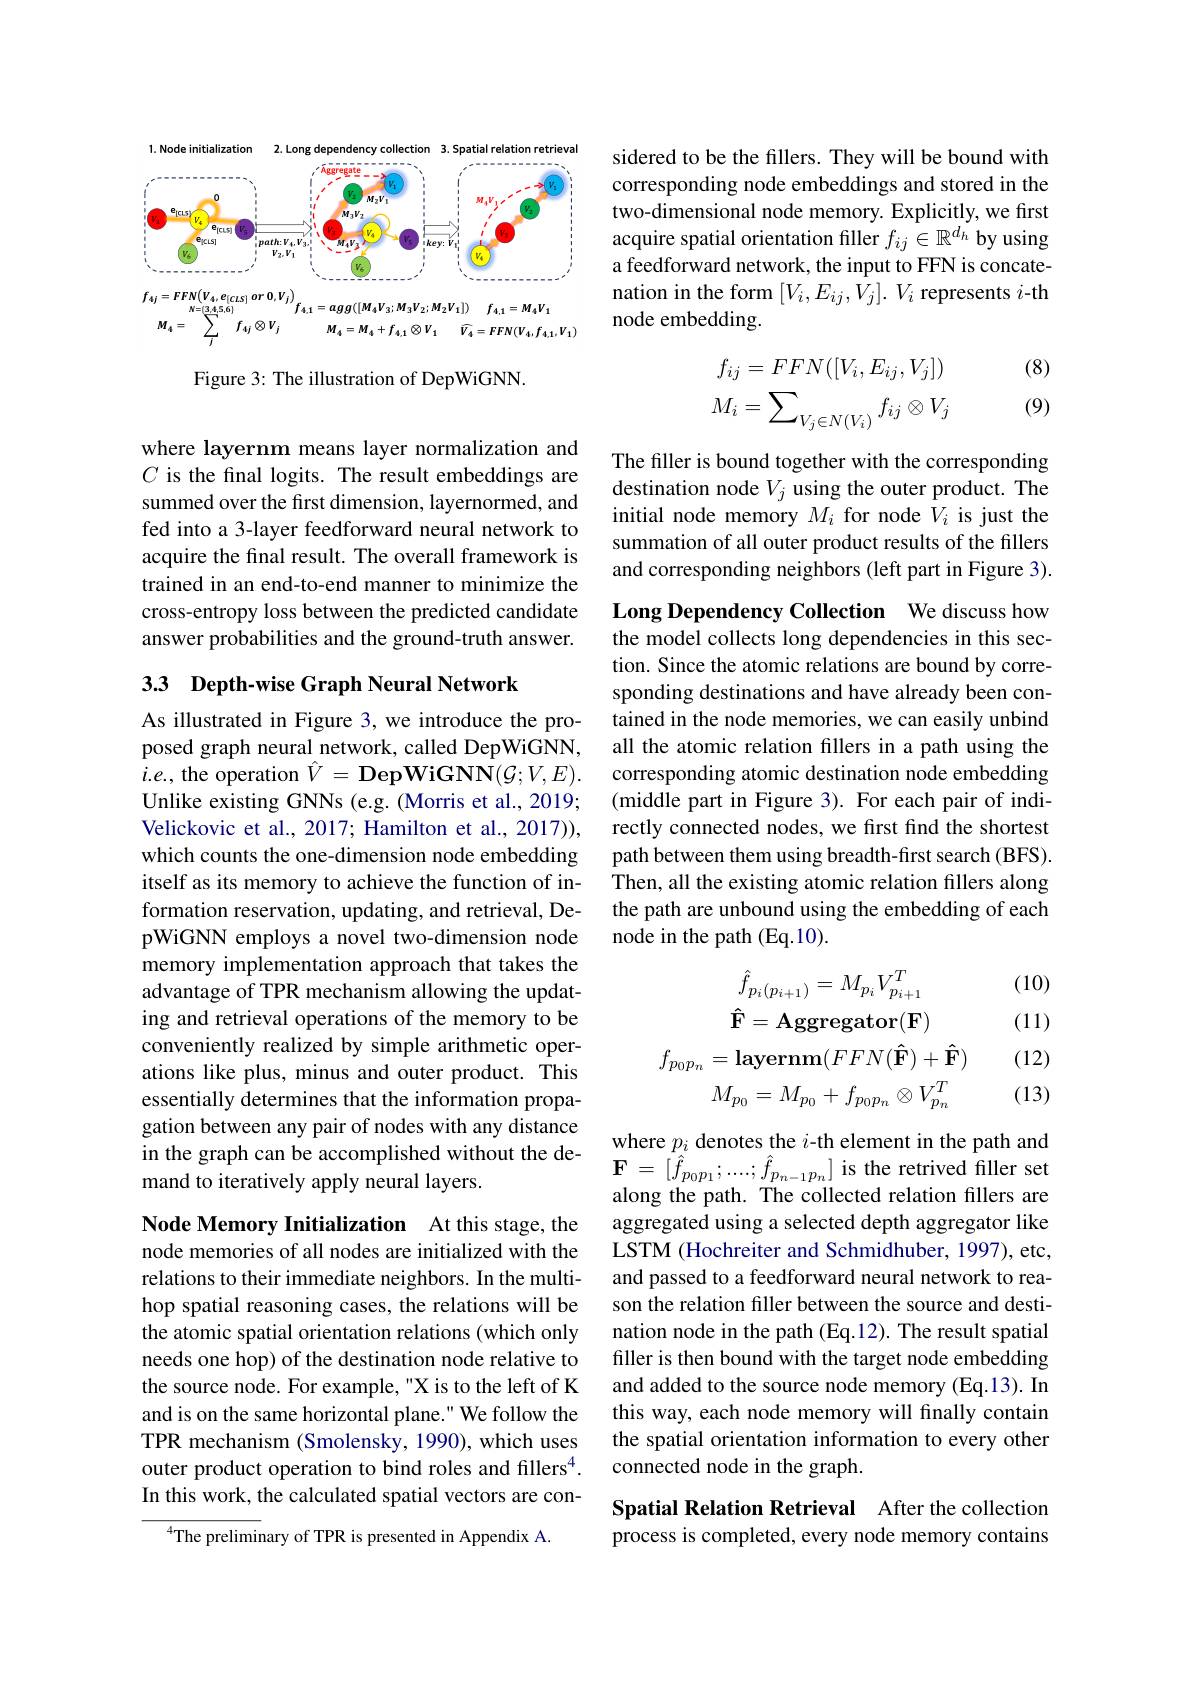
<FigureHere>

Figure 3: The illustration of DepWiGNN.

where layernm means layer normalization and $C$ is the fnal logits. The result embeddings are summed over the first dimension, layernormed, and fed into a 3-layer feedforward neural network to acquire the final result. The overall framework is trained in an end-to-end manner to minimize the cross-entropy loss between the predicted candidate answer probabilities and the ground-truth answer.

## 3.3 Depth-wise Graph Neural Network

As illustrated in Figure 3, we introduce the proposed graph neural network, called DepWiGNN, $i.e.$, the operation $\hat{V}=$DepWiGNN$\bar{\mathcal{N}}(\mathcal{G};V,E).$ Unlike existing GNNs (e.g. (Morris et al., 2019; Velickovic et al., 2017; Hamilton et al., 2017)), which counts the one-dimension node embedding itself as its memory to achieve the function of information reservation, updating, and retrieval, DepWiGNN employs a novel two-dimension node memory implementation approach that takes the advantage of TPR mechanism allowing the updating and retrieval operations of the memory to be conveniently realized by simple arithmetic operations like plus, minus and outer product. This essentially determines that the information propagation between any pair of nodes with any distance $\begin{aligned}&\text{guton betwen any par on noces wur any astance-}&&\mathrm{where~}p_{i}\text{ denotes the }i\text{-th element in the path and}\\&\text{in the graph can be acccomplished without the de-}&&\mathbf{F}=[\hat{f}_{p_0p_1};...,\hat{f}_{p_{n-1}p_n}]\text{ is the retrived filler set}\\&\text{mand to iterati}\end{aligned}$
mand to iteratively apply neural layers.

Node Memory Initialization At this stage, the node memories of all nodes are initialized with the relations to their immediate neighbors. In the multihop spatial reasoning cases, the relations will be the atomic spatial orientation relations (which only needs one hop) of the destination node relative to the source node. For example, "X is to the left of K and is on the same horizontal plane." We follow the TPR mechanism (Smolensky, 1990), which uses outer product operation to bind roles and fillers$^{4}.$ In this work, the calculated spatial vectors are con-
$^{4}$The preliminary of TPR is presented in Appendix A.

sidered to be the fillers. They will be bound with corresponding node embeddings and stored in the two-dimensional node memory. Explicitly, we first acquire spatial orientation filler $f_{ij}\in\mathbb{R}^{d_h}$ by using a feedforward network, the input to FFN is concatenation in the form $[V_i,E_{ij},V_j].V_i$ represents $i$-th node embedding.

(8)

(9)
$$\begin{aligned}f_{ij}&=FFN([V_i,E_{ij},V_j])\\M_i&=\sum_{V_j\in N(V_i)}f_{ij}\otimes V_j\end{aligned}$$
The filler is bound together with the corresponding destination node $V_j$ using the outer product. The initial node memory $M_i$ for node $V_i$ is just the summation of all outer product results of the fillers and corresponding neighbors (left part in Figure 3).

Long Dependency Collection We discuss how the model collects long dependencies in this section. Since the atomic relations are bound by corresponding destinations and have already been contained in the node memories, we can easily unbind all the atomic relation fillers in a path using the corresponding atomic destination node embedding (middle part in Figure 3). For each pair of indirectly connected nodes, we first find the shortest path between them using breadth-first search (BFS). Then, all the existing atomic relation fillers along the path are unbound using the embedding of each node in the path (Eq.10).
$$\hat{f}_{p_{i}(p_{i+1})}=M_{p_{i}}V_{p_{i+1}}^{T}\\\mathbf{\hat{F}}=\mathbf{Aggregator}(\mathbf{F})\\f_{p_{0}p_{n}}=\mathbf{layernm}(FFN(\mathbf{\hat{F}})+\mathbf{\hat{F}})\\M_{p_{0}}=M_{p_{0}}+f_{p_{0}p_{n}}\otimes V_{p_{n}}^{T}$$
(10) (11)

(12) (13)

along the path. The collected relation fillers are aggregated using a selected depth aggregator like LSTM (Hochreiter and Schmidhuber, 1997), etc, and passed to a feedforward neural network to reason the relation filler between the source and destination node in the path (Eq.12). The result spatial filler is then bound with the target node embedding and added to the source node memory (Eq.13). In this way, each node memory will finally contain the spatial orientation information to every other connected node in the graph.

Spatial Relation Retrieval After the collection process is completed, every node memory contains